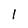
Character: 1